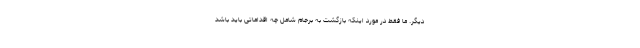
دیگر. ما فقط در مورد اینکه بازگشت به برجام شامل چه اقداماتی باید باشد